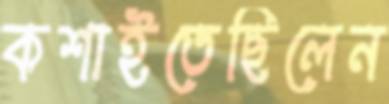
কশাইতেছিলেন